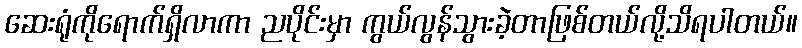
ဆေးရုံကိုရောက်ရှိလာကာ ညပိုင်းမှာ ကွယ်လွန်သွားခဲ့တာဖြစ်တယ်လို့သိရပါတယ်။